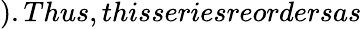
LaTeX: ).Thus,thisseriesreordersas